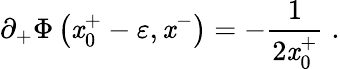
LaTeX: \partial_{+}\Phi\left(\mathit{x}_{0}^{+}-\varepsilon,\mathit{x}^{-}\right)=-{\frac{{1}}{{2\mathit{x}_{0}^{+}}}}\; .